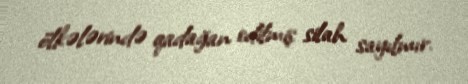
ölkələrində qadağan edilmiş silah sayılmır.